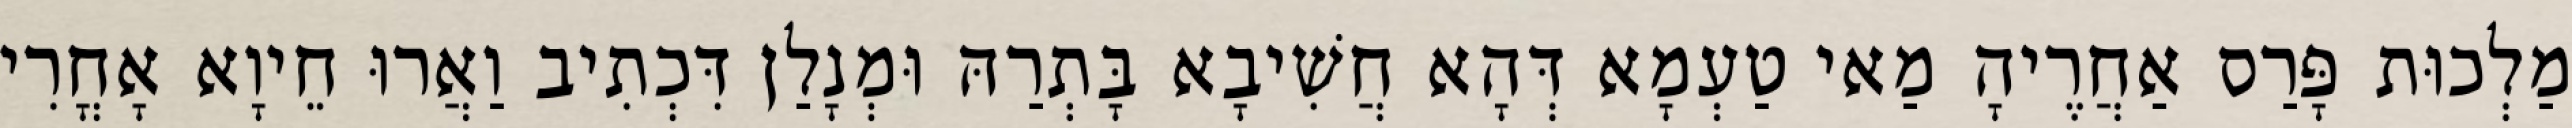
מַלְכוּת פָּרַס אַחֲרֶיהָ מַאי טַעְמָא דְּהָא חֲשִׁיבָא בָּתְרַהּ וּמְנָלַן דִּכְתִיב וַאֲרוּ חֵיוָא אָחֳרִי